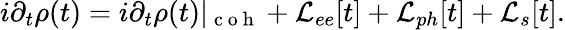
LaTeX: i\partial_{t}\rho(t)=i\partial_{t}\rho(t)|_{\mathrm{~c~o~h~}}+\mathcal{L}_{ee}[t]+\mathcal{L}_{ph}[t]+\mathcal{L}_{s}[t].